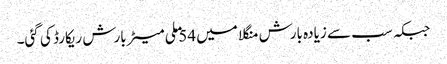
جبکہ سب سے زیادہ بارش منگلا میں 54 ملی میٹر بارش ریکارڈ کی گئی۔